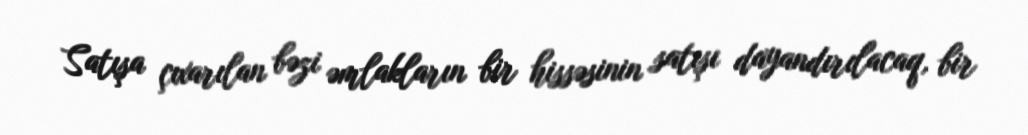
Satışa çıxarılan bəzi əmlakların bir hissəsinin satışı dayandırılacaq, bir